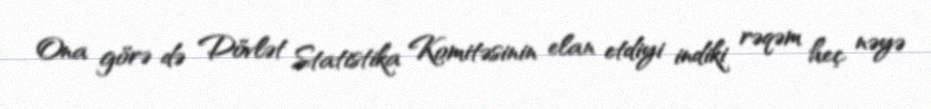
Ona görə də Dövlət Statistika Komitəsinin elan etdiyi indiki rəqəm heç nəyə